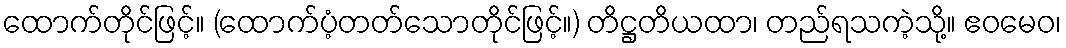
ထောက်တိုင်ဖြင့်။ (ထောက်ပံ့တတ်သောတိုင်ဖြင့်။) တိဋ္ဌတိယထာ၊ တည်ရသကဲ့သို့။ ဧဝမေဝ၊